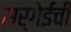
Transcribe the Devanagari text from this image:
सर्गेईची